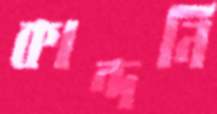
কান্দনি